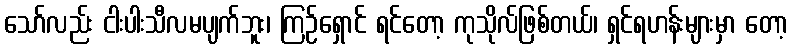
သော်လည်း ငါးပါးသီလမပျက်ဘူး၊ ကြဉ်ရှောင် ရင်တော့ ကုသိုလ်ဖြစ်တယ်၊ ရှင်ရဟန်းများမှာ တော့